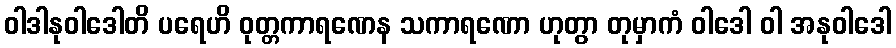
ဝါဒါနုဝါဒေါတိ ပရေဟိ ဝုတ္တကာရဏေန သကာရဏော ဟုတွာ တုမှာကံ ဝါဒေါ ဝါ အနုဝါဒေါ